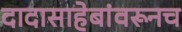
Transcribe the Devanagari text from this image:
दादासाहेबांवरूनच